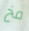
مخ